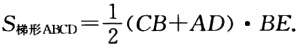
\(S_{梯形ABCD}=\frac{1}{2}(CB + AD)\cdot BE.\)